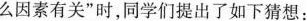
么因素有关”时，同学们提出了如下猜想：